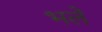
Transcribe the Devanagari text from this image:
भलें